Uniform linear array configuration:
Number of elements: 64
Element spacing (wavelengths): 1
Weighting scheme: cosine
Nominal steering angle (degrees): -30
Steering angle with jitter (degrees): -28.776
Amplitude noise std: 0.05
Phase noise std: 0.05

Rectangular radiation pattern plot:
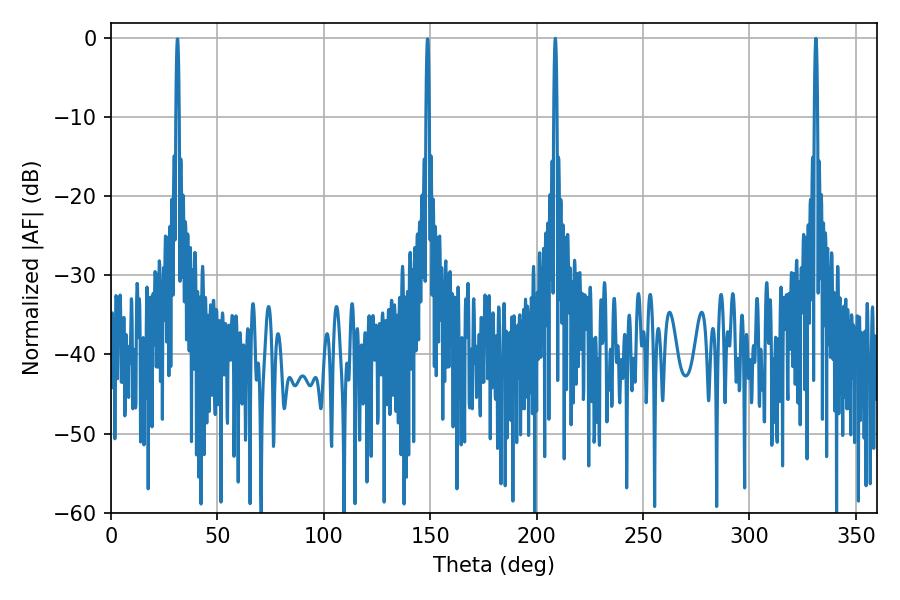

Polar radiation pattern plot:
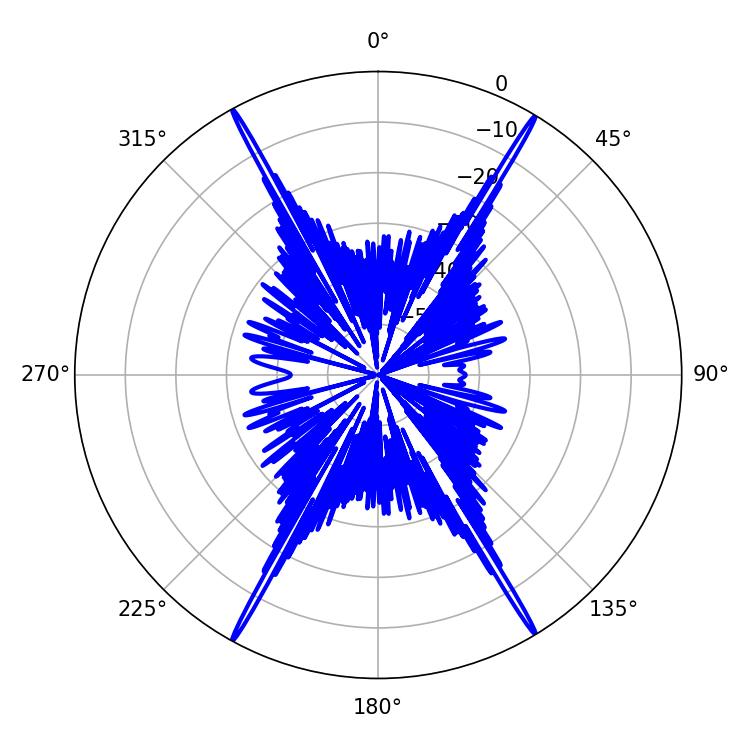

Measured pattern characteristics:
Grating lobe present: TRUE
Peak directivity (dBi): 30.696
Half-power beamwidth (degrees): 0.72
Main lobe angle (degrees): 331.2